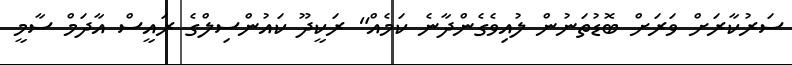
ސަރުކާރަށް ވަރަށް ބޮޑުތަނުން ލުއިވެގެންދާނެ ކަމެއް" ރަކީދޫ ކައުންސިލްގެ ރައީސް އާދަމް ސާމީ